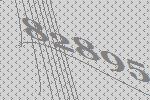
82895